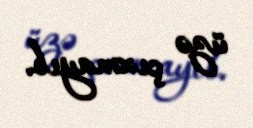
üzə çıxmayıb.